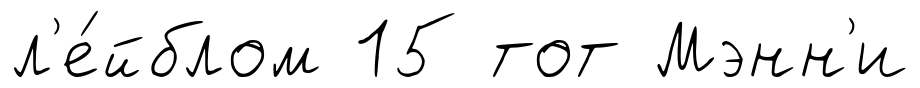
л'е́йблом 15 тот Мэнн'и